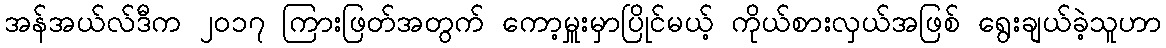
အန်အယ်လ်ဒီက ၂၀၁၇ ကြားဖြတ်အတွက် ကော့မှူးမှာပြိုင်မယ့် ကိုယ်စားလှယ်အဖြစ် ရွေးချယ်ခဲ့သူဟာ